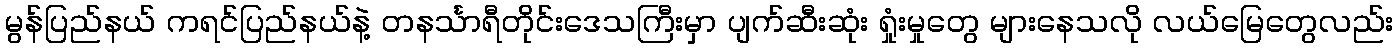
မွန်ပြည်နယ် ကရင်ပြည်နယ်နဲ့ တနင်္သာရီတိုင်းဒေသကြီးမှာ ပျက်ဆီးဆုံး ရှုံးမှုတွေ များနေသလို လယ်မြေတွေလည်း